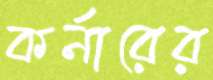
কর্নারের